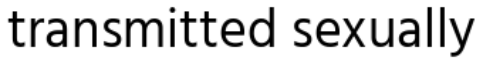
transmitted sexually